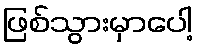
ဖြစ်သွားမှာပေါ့